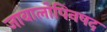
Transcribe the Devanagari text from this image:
जाबालोपिनषद